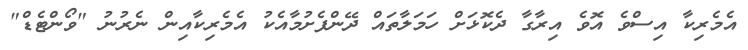
އެމެރިކާ އިސްވެ އޮވެ އިރާގާ ދެކޮޅަށް ހަމަލާތައް ދޭންފެށުމާއެކު އެމެރިކާއިން ނެރުނު "ވޯންޓެޑް"